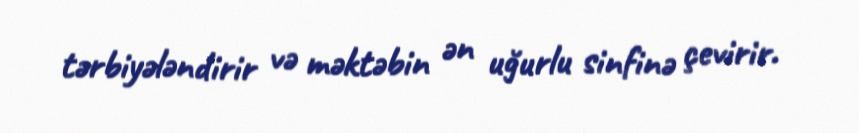
tərbiyələndirir və məktəbin ən uğurlu sinfinə çevirir.